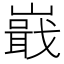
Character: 嶯